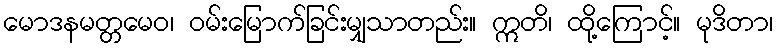
မောဒနမတ္တမေဝ၊ ဝမ်းမြောက်ခြင်းမျှသာတည်း။ ဣတိ၊ ထို့ကြောင့်။ မုဒိတာ၊